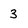
Character: 3